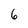
Character: 6